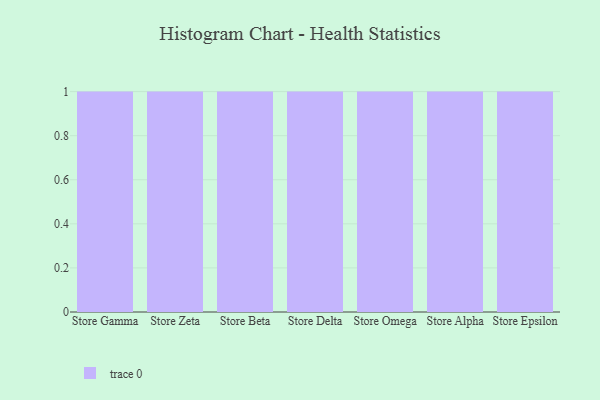
{"axis": {"x": "Store", "y": "Conversion Rate (%)"}, "legend": [""], "data": [{"x": "Store Gamma", "y": 66, "type": ""}, {"x": "Store Zeta", "y": 53, "type": ""}, {"x": "Store Beta", "y": 55, "type": ""}, {"x": "Store Delta", "y": 64, "type": ""}, {"x": "Store Omega", "y": 60, "type": ""}, {"x": "Store Alpha", "y": 38, "type": ""}, {"x": "Store Epsilon", "y": 24, "type": ""}]}